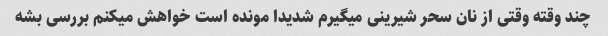
چند وقته وقتی از نان سحر شیرینی میگیرم شدیدا مونده است خواهش میکنم بررسی بشه